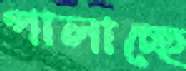
পালাচ্ছে